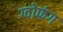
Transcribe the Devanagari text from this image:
ग्वोफंग